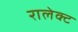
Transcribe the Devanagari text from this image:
रालेक्ट